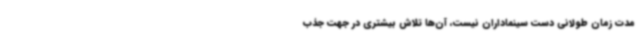
مدت زمان طولانی دست سینماداران نیست، آن‌ها تلاش بیشتری در جهت جذب